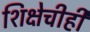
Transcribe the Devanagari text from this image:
शिक्षेचीही